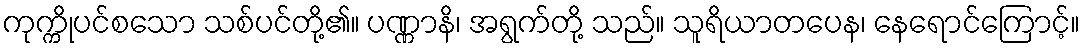
ကုက္ကိုပင်စသော သစ်ပင်တို့၏။ ပဏ္ဏာနိ၊ အရွက်တို့ သည်။ သူရိယာတပေန၊ နေရောင်ကြောင့်။